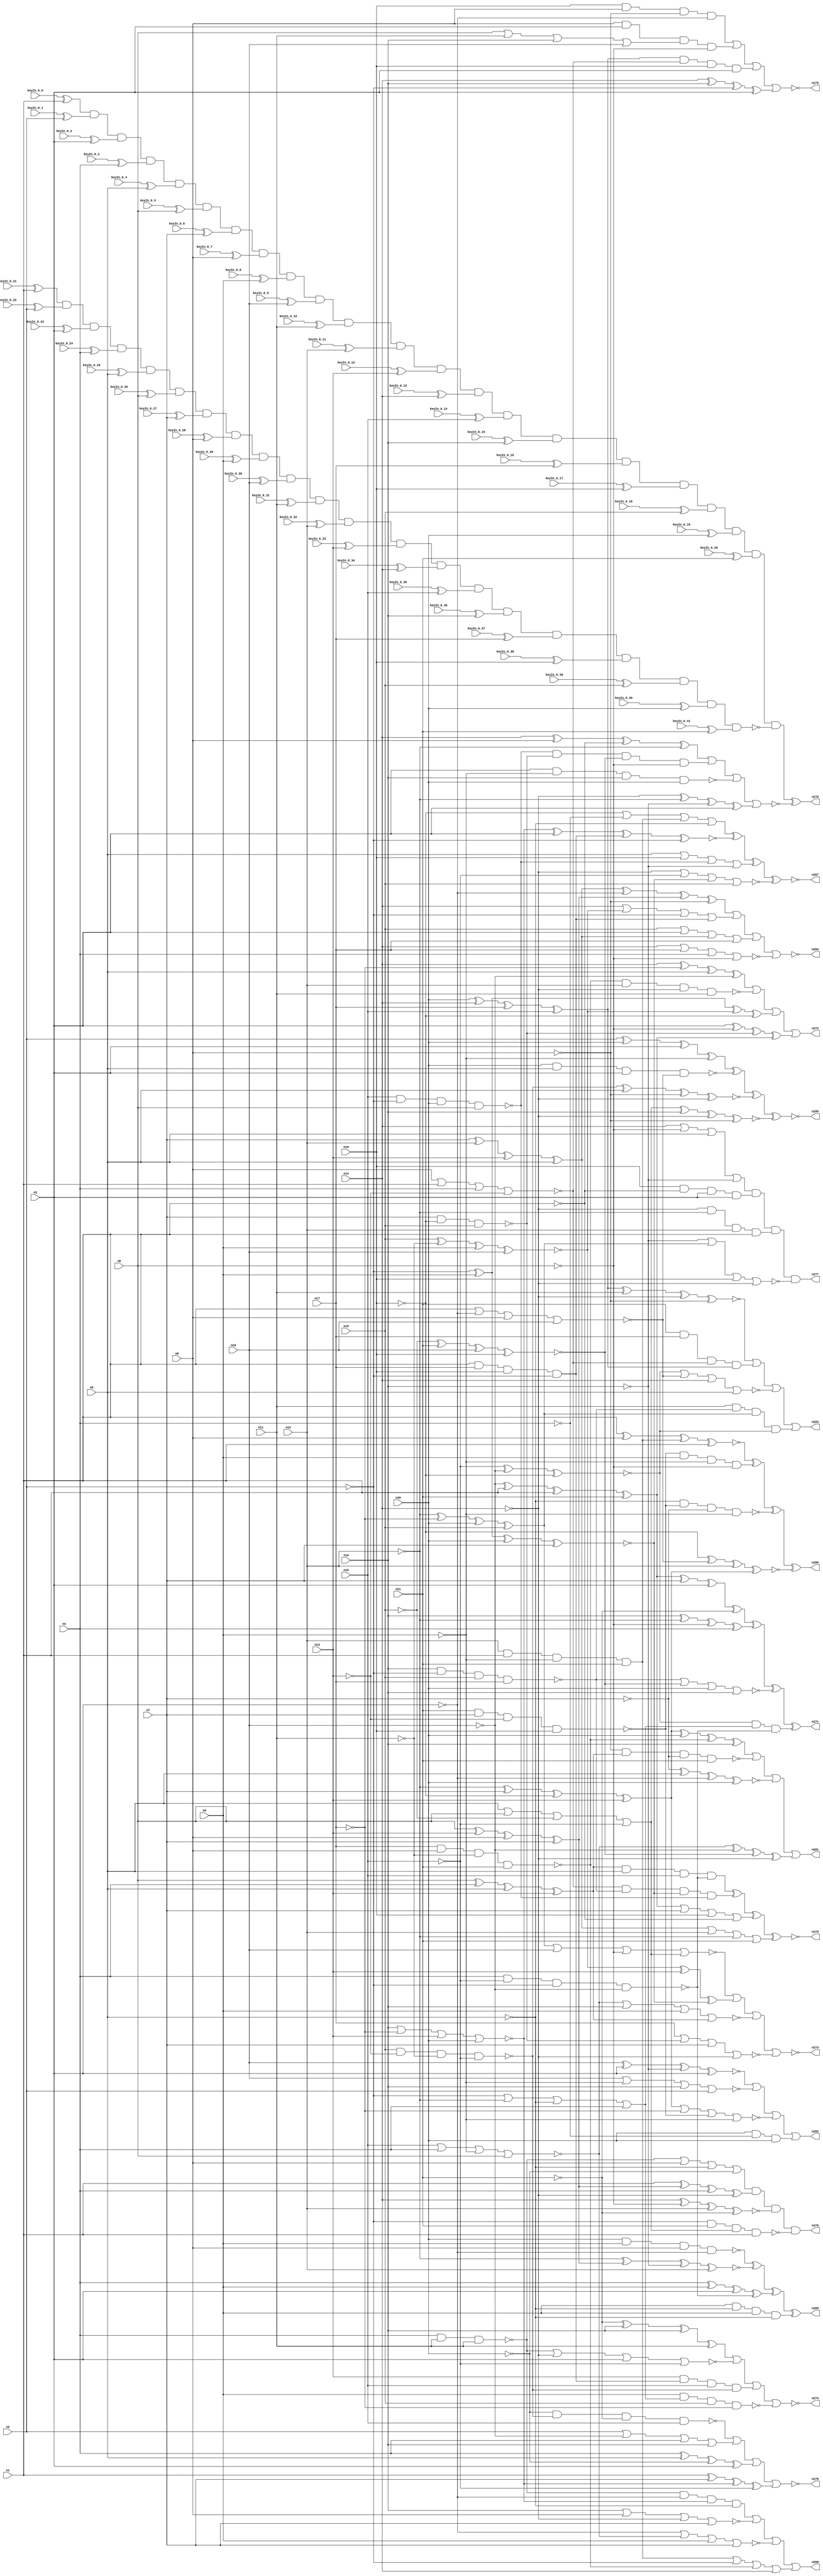


module Stat_264_47
(
  n1,
  n2,
  n3,
  n4,
  n5,
  n6,
  n7,
  n8,
  n9,
  n10,
  n11,
  n12,
  n13,
  n14,
  n15,
  n16,
  n17,
  n18,
  n19,
  n20,
  n21,
  n284,
  n273,
  n276,
  n283,
  n279,
  n278,
  n280,
  n274,
  n269,
  n277,
  n282,
  n267,
  n272,
  n285,
  n268,
  n270,
  n271,
  n275,
  n281,
  keyIn_0_0,
  keyIn_0_1,
  keyIn_0_2,
  keyIn_0_3,
  keyIn_0_4,
  keyIn_0_5,
  keyIn_0_6,
  keyIn_0_7,
  keyIn_0_8,
  keyIn_0_9,
  keyIn_0_10,
  keyIn_0_11,
  keyIn_0_12,
  keyIn_0_13,
  keyIn_0_14,
  keyIn_0_15,
  keyIn_0_16,
  keyIn_0_17,
  keyIn_0_18,
  keyIn_0_19,
  keyIn_0_20,
  keyIn_0_21,
  keyIn_0_22,
  keyIn_0_23,
  keyIn_0_24,
  keyIn_0_25,
  keyIn_0_26,
  keyIn_0_27,
  keyIn_0_28,
  keyIn_0_29,
  keyIn_0_30,
  keyIn_0_31,
  keyIn_0_32,
  keyIn_0_33,
  keyIn_0_34,
  keyIn_0_35,
  keyIn_0_36,
  keyIn_0_37,
  keyIn_0_38,
  keyIn_0_39,
  keyIn_0_40,
  keyIn_0_41
);

  input n1;input n2;input n3;input n4;input n5;input n6;input n7;input n8;input n9;input n10;input n11;input n12;input n13;input n14;input n15;input n16;input n17;input n18;input n19;input n20;input n21;input keyIn_0_0;input keyIn_0_1;input keyIn_0_2;input keyIn_0_3;input keyIn_0_4;input keyIn_0_5;input keyIn_0_6;input keyIn_0_7;input keyIn_0_8;input keyIn_0_9;input keyIn_0_10;input keyIn_0_11;input keyIn_0_12;input keyIn_0_13;input keyIn_0_14;input keyIn_0_15;input keyIn_0_16;input keyIn_0_17;input keyIn_0_18;input keyIn_0_19;input keyIn_0_20;input keyIn_0_21;input keyIn_0_22;input keyIn_0_23;input keyIn_0_24;input keyIn_0_25;input keyIn_0_26;input keyIn_0_27;input keyIn_0_28;input keyIn_0_29;input keyIn_0_30;input keyIn_0_31;input keyIn_0_32;input keyIn_0_33;input keyIn_0_34;input keyIn_0_35;input keyIn_0_36;input keyIn_0_37;input keyIn_0_38;input keyIn_0_39;input keyIn_0_40;input keyIn_0_41;
  output n284;output n273;output n276;output n283;output n279;output n278;output n280;output n274;output n269;output n277;output n282;output n267;output n272;output n285;output n268;output n270;output n271;output n275;output n281;
  wire n22;wire n23;wire n24;wire n25;wire n26;wire n27;wire n28;wire n29;wire n30;wire n31;wire n32;wire n33;wire n34;wire n35;wire n36;wire n37;wire n38;wire n39;wire n40;wire n41;wire n42;wire n43;wire n44;wire n45;wire n46;wire n47;wire n48;wire n49;wire n50;wire n51;wire n52;wire n53;wire n54;wire n55;wire n56;wire n57;wire n58;wire n59;wire n60;wire n61;wire n62;wire n63;wire n64;wire n65;wire n66;wire n67;wire n68;wire n69;wire n70;wire n71;wire n72;wire n73;wire n74;wire n75;wire n76;wire n77;wire n78;wire n79;wire n80;wire n81;wire n82;wire n83;wire n84;wire n85;wire n86;wire n87;wire n88;wire n89;wire n90;wire n91;wire n92;wire n93;wire n94;wire n95;wire n96;wire n97;wire n98;wire n99;wire n100;wire n101;wire n102;wire n103;wire n104;wire n105;wire n106;wire n107;wire n108;wire n109;wire n110;wire n111;wire n112;wire n113;wire n114;wire n115;wire n116;wire n117;wire n118;wire n119;wire n120;wire n121;wire n122;wire n123;wire n124;wire n125;wire n126;wire n127;wire n128;wire n129;wire n130;wire n131;wire n132;wire n133;wire n134;wire n135;wire n136;wire n137;wire n138;wire n139;wire n140;wire n141;wire n142;wire n143;wire n144;wire n145;wire n146;wire n147;wire n148;wire n149;wire n150;wire n151;wire n152;wire n153;wire n154;wire n155;wire n156;wire n157;wire n158;wire n159;wire n160;wire n161;wire n162;wire n163;wire n164;wire n165;wire n166;wire n167;wire n168;wire n169;wire n170;wire n171;wire n172;wire n173;wire n174;wire n175;wire n176;wire n177;wire n178;wire n179;wire n180;wire n181;wire n182;wire n183;wire n184;wire n185;wire n186;wire n187;wire n188;wire n189;wire n190;wire n191;wire n192;wire n193;wire n194;wire n195;wire n196;wire n197;wire n198;wire n199;wire n200;wire n201;wire n202;wire n203;wire n204;wire n205;wire n206;wire n207;wire n208;wire n209;wire n210;wire n211;wire n212;wire n213;wire n214;wire n215;wire n216;wire n217;wire n218;wire n219;wire n220;wire n221;wire n222;wire n223;wire n224;wire n225;wire n226;wire n227;wire n228;wire n229;wire n230;wire n231;wire n232;wire n233;wire n234;wire n235;wire n236;wire n237;wire n238;wire n239;wire n240;wire n241;wire n242;wire n243;wire n244;wire n245;wire n246;wire n247;wire n248;wire n249;wire n250;wire n251;wire n252;wire n253;wire n254;wire n255;wire n256;wire n257;wire n258;wire n259;wire n260;wire n261;wire n262;wire n263;wire n264;wire n265;wire n266;wire g_input_0_0;wire gbar_input_0_0;wire g_input_0_1;wire gbar_input_0_1;wire g_input_0_2;wire gbar_input_0_2;wire g_input_0_3;wire gbar_input_0_3;wire g_input_0_4;wire gbar_input_0_4;wire g_input_0_5;wire gbar_input_0_5;wire g_input_0_6;wire gbar_input_0_6;wire g_input_0_7;wire gbar_input_0_7;wire g_input_0_8;wire gbar_input_0_8;wire g_input_0_9;wire gbar_input_0_9;wire g_input_0_10;wire gbar_input_0_10;wire g_input_0_11;wire gbar_input_0_11;wire g_input_0_12;wire gbar_input_0_12;wire g_input_0_13;wire gbar_input_0_13;wire g_input_0_14;wire gbar_input_0_14;wire g_input_0_15;wire gbar_input_0_15;wire g_input_0_16;wire gbar_input_0_16;wire g_input_0_17;wire gbar_input_0_17;wire g_input_0_18;wire gbar_input_0_18;wire g_input_0_19;wire gbar_input_0_19;wire g_input_0_20;wire gbar_input_0_20;wire f_g_wire;wire f_gbar_wire;wire AntiSAT_output;

  not
  g0
  (
    n82,
    n9
  );


  not
  g1
  (
    n67,
    n14
  );


  buf
  g2
  (
    n77,
    n8
  );


  buf
  g3
  (
    n39,
    n1
  );


  buf
  g4
  (
    n84,
    n1
  );


  buf
  g5
  (
    n22,
    n13
  );


  not
  g6
  (
    n49,
    n15
  );


  buf
  g7
  (
    n63,
    n15
  );


  buf
  g8
  (
    n25,
    n6
  );


  buf
  g9
  (
    n28,
    n8
  );


  not
  g10
  (
    n57,
    n2
  );


  not
  g11
  (
    n30,
    n2
  );


  not
  g12
  (
    n83,
    n13
  );


  not
  g13
  (
    n42,
    n14
  );


  not
  g14
  (
    n35,
    n2
  );


  buf
  g15
  (
    n80,
    n6
  );


  buf
  g16
  (
    n79,
    n20
  );


  not
  g17
  (
    n47,
    n19
  );


  buf
  g18
  (
    n62,
    n21
  );


  not
  g19
  (
    n46,
    n5
  );


  buf
  g20
  (
    n74,
    n11
  );


  buf
  g21
  (
    n53,
    n9
  );


  not
  g22
  (
    n68,
    n15
  );


  not
  g23
  (
    n52,
    n3
  );


  buf
  g24
  (
    n50,
    n16
  );


  buf
  g25
  (
    n76,
    n10
  );


  buf
  g26
  (
    n44,
    n21
  );


  buf
  g27
  (
    n71,
    n19
  );


  buf
  g28
  (
    n66,
    n20
  );


  buf
  g29
  (
    n60,
    n16
  );


  buf
  g30
  (
    n45,
    n3
  );


  buf
  g31
  (
    n23,
    n21
  );


  buf
  g32
  (
    n27,
    n1
  );


  buf
  g33
  (
    n38,
    n8
  );


  buf
  g34
  (
    n26,
    n14
  );


  not
  g35
  (
    n70,
    n4
  );


  buf
  g36
  (
    n32,
    n12
  );


  buf
  g37
  (
    n40,
    n17
  );


  not
  g38
  (
    n78,
    n17
  );


  not
  g39
  (
    n48,
    n18
  );


  not
  g40
  (
    n58,
    n12
  );


  buf
  g41
  (
    n37,
    n10
  );


  not
  g42
  (
    n55,
    n12
  );


  buf
  g43
  (
    n73,
    n7
  );


  buf
  g44
  (
    n56,
    n7
  );


  buf
  g45
  (
    n51,
    n5
  );


  not
  g46
  (
    n43,
    n16
  );


  buf
  g47
  (
    n69,
    n9
  );


  buf
  g48
  (
    n75,
    n20
  );


  buf
  g49
  (
    n41,
    n4
  );


  buf
  g50
  (
    n36,
    n18
  );


  buf
  g51
  (
    n24,
    n19
  );


  buf
  g52
  (
    n72,
    n4
  );


  buf
  g53
  (
    n31,
    n18
  );


  buf
  g54
  (
    n59,
    n5
  );


  buf
  g55
  (
    n29,
    n3
  );


  not
  g56
  (
    n81,
    n11
  );


  buf
  g57
  (
    n54,
    n13
  );


  buf
  g58
  (
    n64,
    n17
  );


  buf
  g59
  (
    n65,
    n6
  );


  not
  g60
  (
    n33,
    n10
  );


  buf
  g61
  (
    n34,
    n11
  );


  buf
  g62
  (
    n61,
    n7
  );


  not
  g63
  (
    n162,
    n52
  );


  not
  g64
  (
    n133,
    n47
  );


  not
  g65
  (
    n186,
    n80
  );


  buf
  g66
  (
    n120,
    n45
  );


  not
  g67
  (
    n135,
    n57
  );


  buf
  g68
  (
    n180,
    n70
  );


  buf
  g69
  (
    n104,
    n75
  );


  buf
  g70
  (
    n161,
    n45
  );


  not
  g71
  (
    n102,
    n84
  );


  buf
  g72
  (
    n95,
    n67
  );


  buf
  g73
  (
    n114,
    n59
  );


  not
  g74
  (
    n127,
    n75
  );


  not
  g75
  (
    n154,
    n56
  );


  not
  g76
  (
    n134,
    n55
  );


  buf
  g77
  (
    n116,
    n66
  );


  not
  g78
  (
    n160,
    n59
  );


  not
  g79
  (
    n129,
    n70
  );


  not
  g80
  (
    n163,
    n60
  );


  not
  g81
  (
    n103,
    n69
  );


  buf
  g82
  (
    n158,
    n26
  );


  buf
  g83
  (
    n117,
    n67
  );


  not
  g84
  (
    n108,
    n69
  );


  buf
  g85
  (
    n132,
    n61
  );


  buf
  g86
  (
    n145,
    n39
  );


  not
  g87
  (
    n98,
    n28
  );


  not
  g88
  (
    n170,
    n42
  );


  not
  g89
  (
    n110,
    n51
  );


  buf
  g90
  (
    n131,
    n58
  );


  buf
  g91
  (
    n126,
    n66
  );


  not
  g92
  (
    n92,
    n40
  );


  not
  g93
  (
    n152,
    n65
  );


  not
  g94
  (
    n143,
    n43
  );


  buf
  g95
  (
    n93,
    n34
  );


  buf
  g96
  (
    n155,
    n29
  );


  not
  g97
  (
    n109,
    n43
  );


  not
  g98
  (
    n164,
    n28
  );


  buf
  g99
  (
    n87,
    n38
  );


  buf
  g100
  (
    n138,
    n53
  );


  buf
  g101
  (
    n130,
    n62
  );


  buf
  g102
  (
    n88,
    n67
  );


  buf
  g103
  (
    n153,
    n52
  );


  buf
  g104
  (
    n146,
    n68
  );


  not
  g105
  (
    n176,
    n31
  );


  buf
  g106
  (
    n141,
    n22
  );


  buf
  g107
  (
    n185,
    n42
  );


  not
  g108
  (
    n125,
    n42
  );


  buf
  g109
  (
    n140,
    n43
  );


  buf
  g110
  (
    n128,
    n35
  );


  not
  g111
  (
    n169,
    n82
  );


  buf
  g112
  (
    n156,
    n36
  );


  not
  g113
  (
    n151,
    n25
  );


  buf
  g114
  (
    n171,
    n32
  );


  not
  g115
  (
    n119,
    n37
  );


  not
  g116
  (
    n178,
    n46
  );


  not
  g117
  (
    n86,
    n44
  );


  not
  g118
  (
    n121,
    n49
  );


  buf
  g119
  (
    n113,
    n29
  );


  buf
  g120
  (
    n188,
    n58
  );


  buf
  g121
  (
    n94,
    n50
  );


  buf
  g122
  (
    n89,
    n74
  );


  buf
  g123
  (
    n115,
    n84
  );


  not
  g124
  (
    n147,
    n26
  );


  buf
  g125
  (
    n184,
    n53
  );


  buf
  g126
  (
    n107,
    n50
  );


  buf
  g127
  (
    n183,
    n61
  );


  buf
  g128
  (
    n142,
    n30
  );


  buf
  g129
  (
    n139,
    n31
  );


  buf
  g130
  (
    n90,
    n23
  );


  not
  g131
  (
    n179,
    n46
  );


  not
  g132
  (
    n136,
    n70
  );


  not
  g133
  (
    n100,
    n29
  );


  buf
  g134
  (
    n175,
    n28
  );


  buf
  g135
  (
    n157,
    n45
  );


  not
  g136
  (
    n111,
    n23
  );


  buf
  g137
  (
    n168,
    n37
  );


  buf
  g138
  (
    n91,
    n64
  );


  buf
  g139
  (
    n123,
    n77
  );


  not
  g140
  (
    n112,
    n78
  );


  xnor
  g141
  (
    n124,
    n49,
    n33,
    n48
  );


  nand
  g142
  (
    n137,
    n50,
    n30,
    n71,
    n64
  );


  xnor
  g143
  (
    n101,
    n57,
    n53,
    n79,
    n56
  );


  xor
  g144
  (
    n177,
    n25,
    n54,
    n77,
    n73
  );


  xor
  g145
  (
    n167,
    n55,
    n73,
    n48,
    n54
  );


  or
  g146
  (
    n187,
    n30,
    n55,
    n46,
    n41
  );


  xor
  g147
  (
    n181,
    n25,
    n72,
    n51,
    n54
  );


  nand
  g148
  (
    n174,
    n63,
    n57,
    n79,
    n65
  );


  or
  g149
  (
    n96,
    n59,
    n80,
    n47,
    n68
  );


  nand
  g150
  (
    n122,
    n72,
    n68,
    n35,
    n33
  );


  nor
  g151
  (
    n148,
    n63,
    n41,
    n82,
    n80
  );


  xnor
  g152
  (
    n97,
    n47,
    n23,
    n76,
    n36
  );


  and
  g153
  (
    n172,
    n32,
    n84,
    n82,
    n44
  );


  xnor
  g154
  (
    n105,
    n71,
    n81,
    n69,
    n76
  );


  or
  g155
  (
    n85,
    n65,
    n34,
    n60,
    n37
  );


  nor
  g156
  (
    n149,
    n77,
    n39,
    n72,
    n83
  );


  nand
  g157
  (
    n159,
    n61,
    n48,
    n24
  );


  and
  g158
  (
    n99,
    n27,
    n40,
    n36,
    n35
  );


  xor
  g159
  (
    n182,
    n75,
    n26,
    n64,
    n63
  );


  xor
  g160
  (
    n189,
    n58,
    n78,
    n79,
    n24
  );


  nor
  g161
  (
    n173,
    n27,
    n52,
    n38,
    n76
  );


  xor
  g162
  (
    n106,
    n73,
    n32,
    n22,
    n51
  );


  nand
  g163
  (
    n144,
    n71,
    n83,
    n81,
    n49
  );


  nand
  g164
  (
    n150,
    n40,
    n38,
    n81,
    n62
  );


  nand
  g165
  (
    n190,
    n44,
    n56,
    n83,
    n31
  );


  nand
  g166
  (
    n118,
    n41,
    n74,
    n34
  );


  xor
  g167
  (
    n165,
    n33,
    n27,
    n39,
    n62
  );


  nor
  g168
  (
    n166,
    n60,
    n78,
    n22,
    n66
  );


  xor
  g169
  (
    n240,
    n106,
    n153,
    n177,
    n98
  );


  nand
  g170
  (
    n264,
    n150,
    n171,
    n185,
    n89
  );


  and
  g171
  (
    n202,
    n174,
    n159,
    n97,
    n152
  );


  and
  g172
  (
    n199,
    n139,
    n102,
    n161,
    n113
  );


  nor
  g173
  (
    n213,
    n94,
    n123,
    n95,
    n183
  );


  xor
  g174
  (
    n206,
    n158,
    n175,
    n102,
    n131
  );


  xor
  g175
  (
    n248,
    n136,
    n179,
    n127,
    n155
  );


  nand
  g176
  (
    n218,
    n128,
    n130,
    n96,
    n145
  );


  xnor
  g177
  (
    n217,
    n145,
    n175,
    n172,
    n115
  );


  nand
  g178
  (
    n216,
    n104,
    n138,
    n175,
    n153
  );


  or
  g179
  (
    n196,
    n165,
    n132,
    n156,
    n102
  );


  nor
  g180
  (
    n200,
    n137,
    n97,
    n126,
    n143
  );


  nor
  g181
  (
    n219,
    n100,
    n148,
    n184,
    n132
  );


  or
  g182
  (
    n256,
    n172,
    n128,
    n150,
    n158
  );


  or
  g183
  (
    n229,
    n176,
    n180,
    n172,
    n160
  );


  or
  g184
  (
    n228,
    n133,
    n155,
    n106,
    n91
  );


  xnor
  g185
  (
    n192,
    n131,
    n177,
    n140,
    n134
  );


  or
  g186
  (
    n251,
    n125,
    n105,
    n142,
    n99
  );


  xor
  g187
  (
    n223,
    n165,
    n132,
    n113,
    n111
  );


  xnor
  g188
  (
    n211,
    n182,
    n93,
    n147,
    n164
  );


  nor
  g189
  (
    n266,
    n112,
    n159,
    n183,
    n95
  );


  xor
  g190
  (
    n241,
    n185,
    n188,
    n140,
    n162
  );


  or
  g191
  (
    n225,
    n125,
    n152,
    n178,
    n163
  );


  xnor
  g192
  (
    n226,
    n166,
    n155,
    n99,
    n128
  );


  xnor
  g193
  (
    n221,
    n96,
    n109,
    n147,
    n164
  );


  xor
  g194
  (
    n209,
    n157,
    n186,
    n159,
    n165
  );


  or
  g195
  (
    n210,
    n118,
    n123,
    n110,
    n127
  );


  xor
  g196
  (
    n194,
    n148,
    n119,
    n97,
    n95
  );


  nand
  g197
  (
    n197,
    n157,
    n103,
    n143,
    n116
  );


  xor
  g198
  (
    n232,
    n129,
    n138,
    n161,
    n122
  );


  nor
  g199
  (
    n246,
    n168,
    n108,
    n107,
    n135
  );


  xor
  g200
  (
    n201,
    n170,
    n92,
    n178,
    n119
  );


  xor
  g201
  (
    n208,
    n184,
    n142,
    n105,
    n176
  );


  nor
  g202
  (
    n205,
    n163,
    n189,
    n139,
    n88
  );


  nor
  g203
  (
    n257,
    n148,
    n109,
    n184,
    n181
  );


  and
  g204
  (
    n261,
    n118,
    n100,
    n166,
    n160
  );


  nor
  g205
  (
    n231,
    n124,
    n173,
    n158,
    n114
  );


  nor
  g206
  (
    n224,
    n125,
    n112,
    n136,
    n151
  );


  xor
  g207
  (
    n245,
    n94,
    n188,
    n186,
    n129
  );


  xnor
  g208
  (
    n265,
    n168,
    n161,
    n163,
    n120
  );


  and
  g209
  (
    n191,
    n117,
    n188,
    n171,
    n115
  );


  and
  g210
  (
    n203,
    n90,
    n112,
    n149,
    n182
  );


  and
  g211
  (
    n249,
    n104,
    n180,
    n116
  );


  or
  g212
  (
    n243,
    n135,
    n119,
    n129,
    n107
  );


  nand
  g213
  (
    n207,
    n169,
    n187,
    n133,
    n92
  );


  xnor
  g214
  (
    n242,
    n176,
    n173,
    n134,
    n167
  );


  and
  g215
  (
    n259,
    n141,
    n99,
    n121,
    n144
  );


  xor
  g216
  (
    n212,
    n145,
    n177,
    n136,
    n117
  );


  xor
  g217
  (
    n238,
    n115,
    n183,
    n166,
    n146
  );


  nor
  g218
  (
    n233,
    n189,
    n168,
    n152,
    n96
  );


  xnor
  g219
  (
    n262,
    n154,
    n179,
    n100,
    n126
  );


  and
  g220
  (
    n230,
    n123,
    n120,
    n85,
    n151
  );


  or
  g221
  (
    n254,
    n178,
    n156,
    n174,
    n140
  );


  nor
  g222
  (
    n222,
    n117,
    n146,
    n101,
    n133
  );


  or
  g223
  (
    n234,
    n106,
    n171,
    n131,
    n130
  );


  and
  g224
  (
    n227,
    n149,
    n137,
    n101,
    n174
  );


  nand
  g225
  (
    n198,
    n164,
    n181,
    n154,
    n130
  );


  xor
  g226
  (
    n247,
    n105,
    n141,
    n101
  );


  nand
  g227
  (
    n255,
    n104,
    n114,
    n162,
    n173
  );


  nor
  g228
  (
    n215,
    n118,
    n147,
    n162,
    n146
  );


  and
  g229
  (
    n239,
    n93,
    n137,
    n189,
    n124
  );


  and
  g230
  (
    n195,
    n124,
    n187,
    n122
  );


  xor
  g231
  (
    n220,
    n135,
    n126,
    n157,
    n108
  );


  and
  g232
  (
    n250,
    n190,
    n169,
    n103,
    n151
  );


  and
  g233
  (
    n204,
    n139,
    n87,
    n98,
    n153
  );


  xor
  g234
  (
    n237,
    n170,
    n109,
    n142,
    n120
  );


  and
  g235
  (
    n193,
    n182,
    n149,
    n156,
    n113
  );


  and
  g236
  (
    n244,
    n181,
    n179,
    n121,
    n122
  );


  nand
  g237
  (
    n235,
    n110,
    n190,
    n154,
    n103
  );


  xor
  g238
  (
    n260,
    n167,
    n116,
    n150,
    n107
  );


  xor
  g239
  (
    n236,
    n111,
    n143,
    n94,
    n93
  );


  nor
  g240
  (
    n252,
    n167,
    n92,
    n190,
    n108
  );


  and
  g241
  (
    n263,
    n138,
    n160,
    n169,
    n110
  );


  xnor
  g242
  (
    n258,
    n144,
    n114,
    n98,
    n185
  );


  xnor
  g243
  (
    n214,
    n170,
    n186,
    n134,
    n111
  );


  nand
  g244
  (
    n253,
    n127,
    n144,
    n86,
    n121
  );


  or
  g245
  (
    n283,
    n211,
    n203,
    n231,
    n239
  );


  xnor
  g246
  (
    n267,
    n229,
    n226,
    n254,
    n222
  );


  nor
  g247
  (
    AntiSAT_key_wire,
    n206,
    n202,
    n197,
    n241
  );


  or
  g248
  (
    n281,
    n260,
    n198,
    n262,
    n194
  );


  xnor
  g249
  (
    n279,
    n244,
    n227,
    n196,
    n234
  );


  xor
  g250
  (
    n269,
    n216,
    n192,
    n232,
    n263
  );


  nor
  g251
  (
    n284,
    n240,
    n251,
    n228,
    n224
  );


  or
  g252
  (
    n282,
    n265,
    n246,
    n252,
    n249
  );


  and
  g253
  (
    n276,
    n210,
    n212,
    n214,
    n218
  );


  nor
  g254
  (
    n278,
    n253,
    n243,
    n248,
    n238
  );


  or
  g255
  (
    n272,
    n201,
    n264,
    n208,
    n209
  );


  and
  g256
  (
    n277,
    n225,
    n199,
    n191,
    n205
  );


  xor
  g257
  (
    n280,
    n217,
    n250,
    n235,
    n242
  );


  or
  g258
  (
    n268,
    n261,
    n213,
    n219,
    n256
  );


  nor
  g259
  (
    n273,
    n233,
    n247,
    n257,
    n266
  );


  nor
  g260
  (
    n274,
    n236,
    n215,
    n259,
    n207
  );


  xor
  g261
  (
    n271,
    n223,
    n245,
    n200,
    n195
  );


  xnor
  g262
  (
    n285,
    n220,
    n255,
    n258,
    n221
  );


  nor
  g263
  (
    n275,
    n204,
    n230,
    n193,
    n237
  );


  xor
  KeyPIGate_0_0
  (
    g_input_0_0,
    keyIn_0_0,
    n1
  );


  xor
  KeyPIGate_0_21
  (
    gbar_input_0_0,
    keyIn_0_21,
    n1
  );


  xor
  KeyPIGate_0_1
  (
    g_input_0_1,
    keyIn_0_1,
    n2
  );


  xor
  KeyPIGate_0_22
  (
    gbar_input_0_1,
    keyIn_0_22,
    n2
  );


  xor
  KeyPIGate_0_2
  (
    g_input_0_2,
    keyIn_0_2,
    n3
  );


  xor
  KeyPIGate_0_23
  (
    gbar_input_0_2,
    keyIn_0_23,
    n3
  );


  xor
  KeyPIGate_0_3
  (
    g_input_0_3,
    keyIn_0_3,
    n4
  );


  xor
  KeyPIGate_0_24
  (
    gbar_input_0_3,
    keyIn_0_24,
    n4
  );


  xor
  KeyPIGate_0_4
  (
    g_input_0_4,
    keyIn_0_4,
    n5
  );


  xor
  KeyPIGate_0_25
  (
    gbar_input_0_4,
    keyIn_0_25,
    n5
  );


  xor
  KeyPIGate_0_5
  (
    g_input_0_5,
    keyIn_0_5,
    n6
  );


  xor
  KeyPIGate_0_26
  (
    gbar_input_0_5,
    keyIn_0_26,
    n6
  );


  xor
  KeyPIGate_0_6
  (
    g_input_0_6,
    keyIn_0_6,
    n7
  );


  xor
  KeyPIGate_0_27
  (
    gbar_input_0_6,
    keyIn_0_27,
    n7
  );


  xor
  KeyPIGate_0_7
  (
    g_input_0_7,
    keyIn_0_7,
    n8
  );


  xor
  KeyPIGate_0_28
  (
    gbar_input_0_7,
    keyIn_0_28,
    n8
  );


  xor
  KeyPIGate_0_8
  (
    g_input_0_8,
    keyIn_0_8,
    n9
  );


  xor
  KeyPIGate_0_29
  (
    gbar_input_0_8,
    keyIn_0_29,
    n9
  );


  xor
  KeyPIGate_0_9
  (
    g_input_0_9,
    keyIn_0_9,
    n10
  );


  xor
  KeyPIGate_0_30
  (
    gbar_input_0_9,
    keyIn_0_30,
    n10
  );


  xor
  KeyPIGate_0_10
  (
    g_input_0_10,
    keyIn_0_10,
    n11
  );


  xor
  KeyPIGate_0_31
  (
    gbar_input_0_10,
    keyIn_0_31,
    n11
  );


  xor
  KeyPIGate_0_11
  (
    g_input_0_11,
    keyIn_0_11,
    n12
  );


  xor
  KeyPIGate_0_32
  (
    gbar_input_0_11,
    keyIn_0_32,
    n12
  );


  xor
  KeyPIGate_0_12
  (
    g_input_0_12,
    keyIn_0_12,
    n13
  );


  xor
  KeyPIGate_0_33
  (
    gbar_input_0_12,
    keyIn_0_33,
    n13
  );


  xor
  KeyPIGate_0_13
  (
    g_input_0_13,
    keyIn_0_13,
    n14
  );


  xor
  KeyPIGate_0_34
  (
    gbar_input_0_13,
    keyIn_0_34,
    n14
  );


  xor
  KeyPIGate_0_14
  (
    g_input_0_14,
    keyIn_0_14,
    n15
  );


  xor
  KeyPIGate_0_35
  (
    gbar_input_0_14,
    keyIn_0_35,
    n15
  );


  xor
  KeyPIGate_0_15
  (
    g_input_0_15,
    keyIn_0_15,
    n16
  );


  xor
  KeyPIGate_0_36
  (
    gbar_input_0_15,
    keyIn_0_36,
    n16
  );


  xor
  KeyPIGate_0_16
  (
    g_input_0_16,
    keyIn_0_16,
    n17
  );


  xor
  KeyPIGate_0_37
  (
    gbar_input_0_16,
    keyIn_0_37,
    n17
  );


  xor
  KeyPIGate_0_17
  (
    g_input_0_17,
    keyIn_0_17,
    n18
  );


  xor
  KeyPIGate_0_38
  (
    gbar_input_0_17,
    keyIn_0_38,
    n18
  );


  xor
  KeyPIGate_0_18
  (
    g_input_0_18,
    keyIn_0_18,
    n19
  );


  xor
  KeyPIGate_0_39
  (
    gbar_input_0_18,
    keyIn_0_39,
    n19
  );


  xor
  KeyPIGate_0_19
  (
    g_input_0_19,
    keyIn_0_19,
    n20
  );


  xor
  KeyPIGate_0_40
  (
    gbar_input_0_19,
    keyIn_0_40,
    n20
  );


  xor
  KeyPIGate_0_20
  (
    g_input_0_20,
    keyIn_0_20,
    n21
  );


  xor
  KeyPIGate_0_41
  (
    gbar_input_0_20,
    keyIn_0_41,
    n21
  );


  and
  f_g
  (
    f_g_wire,
    g_input_0_0,
    g_input_0_1,
    g_input_0_2,
    g_input_0_3,
    g_input_0_4,
    g_input_0_5,
    g_input_0_6,
    g_input_0_7,
    g_input_0_8,
    g_input_0_9,
    g_input_0_10,
    g_input_0_11,
    g_input_0_12,
    g_input_0_13,
    g_input_0_14,
    g_input_0_15,
    g_input_0_16,
    g_input_0_17,
    g_input_0_18,
    g_input_0_19,
    g_input_0_20
  );


  nand
  f_gbar
  (
    f_gbar_wire,
    gbar_input_0_0,
    gbar_input_0_1,
    gbar_input_0_2,
    gbar_input_0_3,
    gbar_input_0_4,
    gbar_input_0_5,
    gbar_input_0_6,
    gbar_input_0_7,
    gbar_input_0_8,
    gbar_input_0_9,
    gbar_input_0_10,
    gbar_input_0_11,
    gbar_input_0_12,
    gbar_input_0_13,
    gbar_input_0_14,
    gbar_input_0_15,
    gbar_input_0_16,
    gbar_input_0_17,
    gbar_input_0_18,
    gbar_input_0_19,
    gbar_input_0_20
  );


  and
  G
  (
    AntiSAT_output,
    f_g_wire,
    f_gbar_wire
  );


  xor
  flip_it
  (
    n270,
    AntiSAT_output,
    AntiSAT_key_wire
  );


endmodule